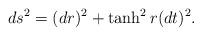
LaTeX: \begin{align*}ds^2=(dr)^2+\tanh^2 r (d t)^2.\end{align*}